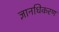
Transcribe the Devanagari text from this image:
ज्ञानधिकरण